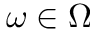
\omega \in { \Omega }